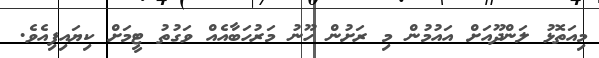
މިއަތޮޅު ލަންދޫއަށް އައުމުން މި ރަށުން ހޫނު މަރުހަބާއެއް ވަގުތު ޓީމަށް ކިޔައިފިއެވެ.